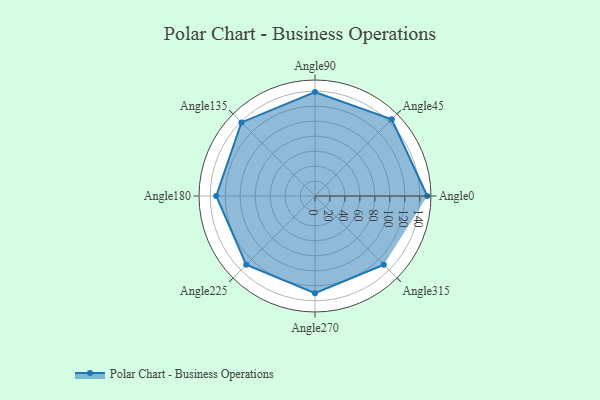
{"axis": {"x": "Angle", "y": "Radius"}, "legend": [""], "data": [{"x": "Angle0", "y": 150.0, "type": ""}, {"x": "Angle45", "y": 145.0, "type": ""}, {"x": "Angle90", "y": 139.0, "type": ""}, {"x": "Angle135", "y": 139.0, "type": ""}, {"x": "Angle180", "y": 132.0, "type": ""}, {"x": "Angle225", "y": 130.0, "type": ""}, {"x": "Angle270", "y": 130.0, "type": ""}, {"x": "Angle315", "y": 130.0, "type": ""}]}